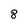
Character: 8